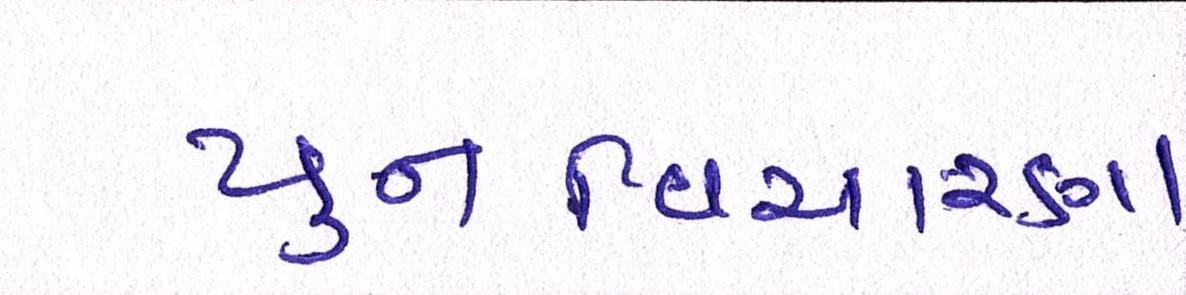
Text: પુનઃવિચારણા